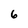
Character: 6